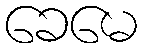
ခေမေ